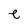
Character: e